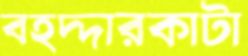
বহদ্দারকাটা